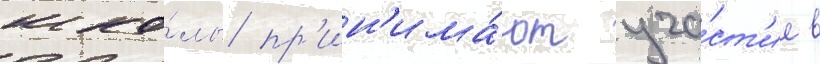
шко́лы пр'ин'има́ют уча́ст'ие в